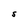
Character: S